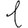
Digit: 1